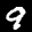
Label: 9